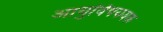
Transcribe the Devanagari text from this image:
आयुर्विषययक